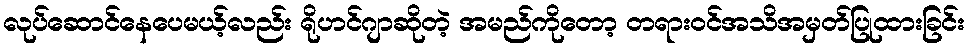
လုပ်ဆောင်နေပေမယ့်လည်း ရိုဟင်ဂျာဆိုတဲ့ အမည်ကိုတော့ တရားဝင်အသိအမှတ်ပြုထားခြင်း